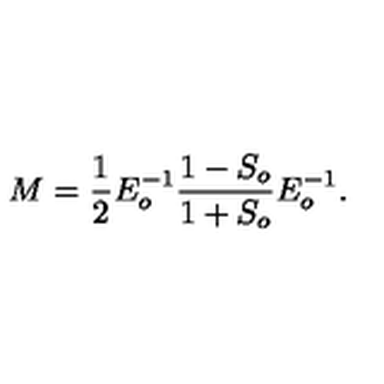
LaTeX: M = \frac { 1 } { 2 } E _ { o } ^ { - 1 } \frac { 1 - S _ { o } } { 1 + S _ { o } } E _ { o } ^ { - 1 } .